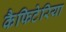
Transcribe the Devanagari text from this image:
कैफिटेरिया